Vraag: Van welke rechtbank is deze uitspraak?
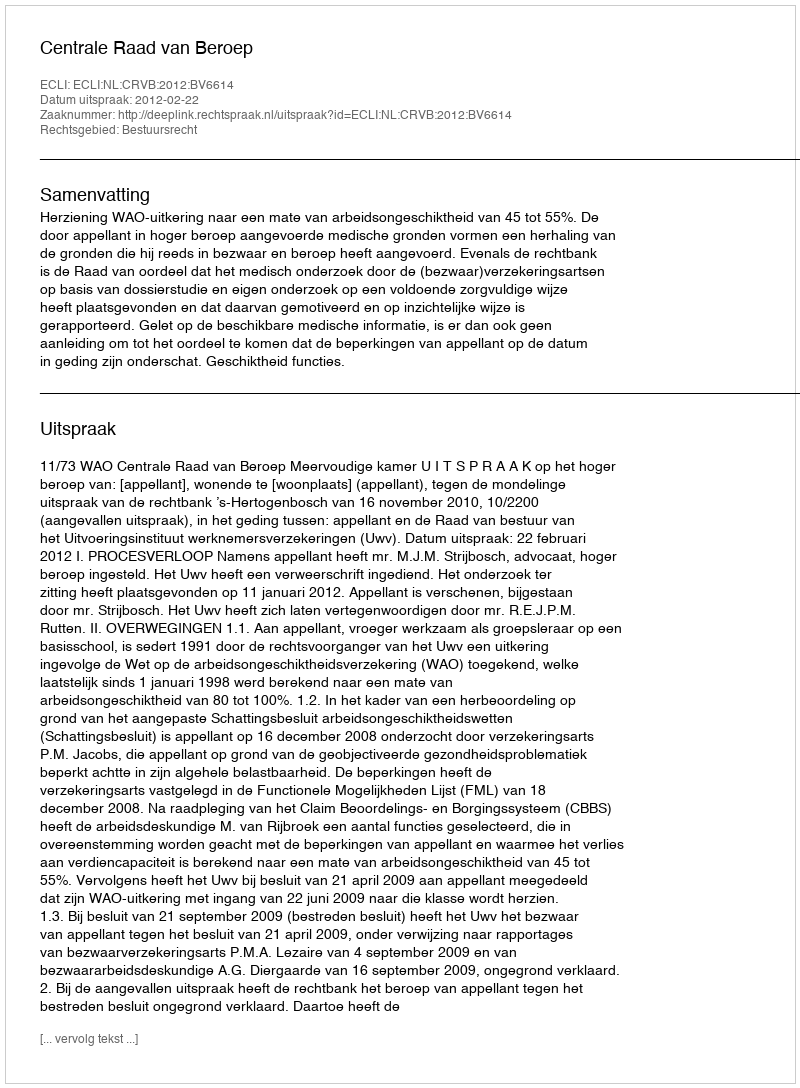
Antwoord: Centrale Raad van Beroep